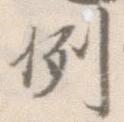
例